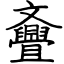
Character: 斖